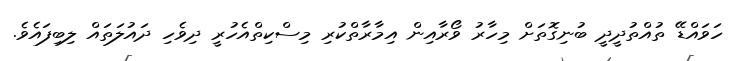
ހަވައްޑޭ ތުއްތުދީދީ ބުނިގޮތަށް މިހާރު ވޯރާއިން އިމާރާތްކުރި މިސްކިތްއެހުރީ ދިވެހި ދައުލަތައް ލިބިފައެވެ.